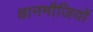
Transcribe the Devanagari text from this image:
श्वानमौजियों